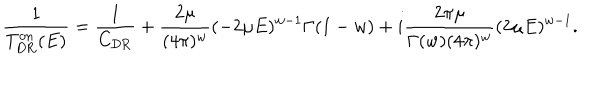
LaTeX: \frac { 1 } { T _ { \mathrm { D R } } ^ { \mathrm { o n } } ( E ) } = \frac { 1 } { C _ { \mathrm { D R } } } + \frac { 2 \mu } { ( 4 \pi ) ^ { w } } ( - 2 \mu E ) ^ { w - 1 } \Gamma ( 1 - w ) + i \frac { 2 \pi \mu } { \Gamma ( w ) ( 4 \pi ) ^ { w } } ( 2 \mu E ) ^ { w - 1 } .